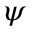
\boldsymbol { \psi }